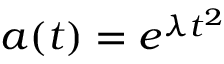
a ( t ) = e ^ { \lambda t ^ { 2 } }